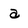
Character: a